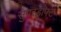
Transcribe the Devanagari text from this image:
सुपरड्राफ्ट